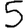
Digit: 5